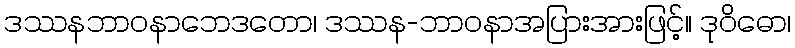
ဒဿနဘာဝနာဘေဒတော၊ ဒဿန-ဘာဝနာအပြားအားဖြင့်။ ဒုဝိဓော၊